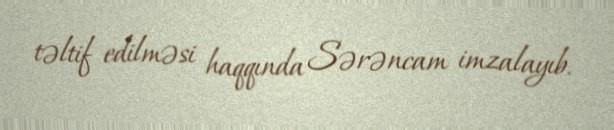
təltif edilməsi haqqında Sərəncam imzalayıb.